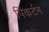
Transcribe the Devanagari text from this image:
पिंकर्टन